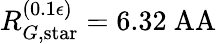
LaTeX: R_{G,\mathrm{star}}^{(0.1\epsilon)}=6.32\mathrm{\ AA}